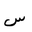
Letter: _sin